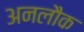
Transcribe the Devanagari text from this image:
अनलौक